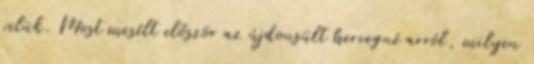
velük. Most mesélt először az újdonsült hercegné arról, milyen